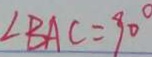
\angle B A C = 9 0 ^ { \circ }